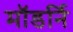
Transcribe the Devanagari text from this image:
मॉडर्नि